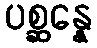
ပစ္ဆန္နေ